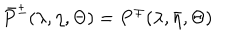
\bar { P } ^ { \pm } ( \lambda , \eta , \Theta ) = P ^ { \mp } ( \lambda , \bar { \eta } , \Theta )